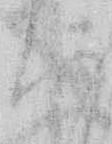
く